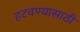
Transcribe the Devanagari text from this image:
हटवण्यासाठी